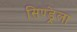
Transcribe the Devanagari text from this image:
सिण्ड्रेला